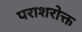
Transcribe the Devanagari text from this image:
पराशरोक्त